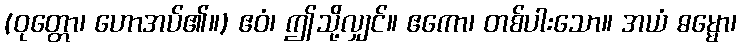
(ဝုတ္တော၊ ဟောအပ်၏။) ဧဝံ၊ ဤသို့လျှင်။ ဧကော၊ တစ်ပါးသော။ အယံ ဓမ္မော၊